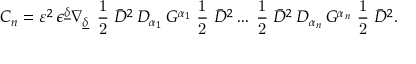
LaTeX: C _ { n } = { \cal { \varepsilon } } ^ { 2 } \, \epsilon ^ { \underline { { { \delta } } } } \nabla _ { \underline { { { \delta } } } } \, { \mathrm { \small { ~ \frac 1 2 ~ } } } \bar { \cal D } ^ { 2 } \, { \cal D } _ { \alpha _ { 1 } } \, { \cal G } ^ { \alpha _ { 1 } } { \mathrm { \small { ~ \frac 1 2 ~ } } } \bar { \cal D } ^ { 2 } \ldots { \mathrm { \small { ~ \frac 1 2 ~ } } } \bar { \cal D } ^ { 2 } \, { \cal D } _ { \alpha _ { n } } \, { \cal G } ^ { \alpha _ { n } } { \mathrm { \small { ~ \frac 1 2 ~ } } } \bar { \cal D } ^ { 2 } .